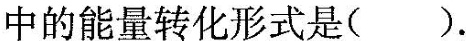
中的能量转化形式是( ).